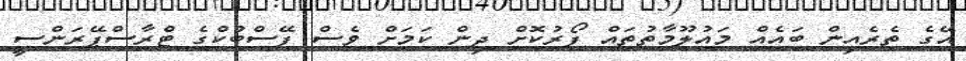
އޭގެ ތެރެއިން ބައެއް މައުލޫމާތުތައް ފޯރުކޮށް ދިން ކަމަށް ވެސް ފޭސްބުކްގެ ޓްރާސްޕޭރަންސީ